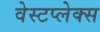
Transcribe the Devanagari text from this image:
वेस्टप्लेक्स